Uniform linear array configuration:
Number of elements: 16
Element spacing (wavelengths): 0.75
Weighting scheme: uniform
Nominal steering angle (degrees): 0
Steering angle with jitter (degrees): -1.974
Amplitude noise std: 0.05
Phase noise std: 0.05

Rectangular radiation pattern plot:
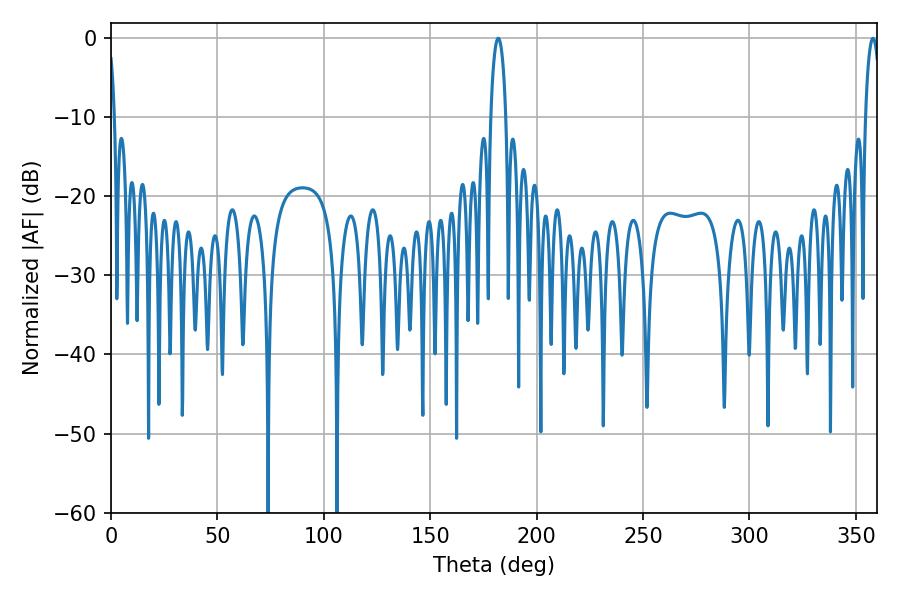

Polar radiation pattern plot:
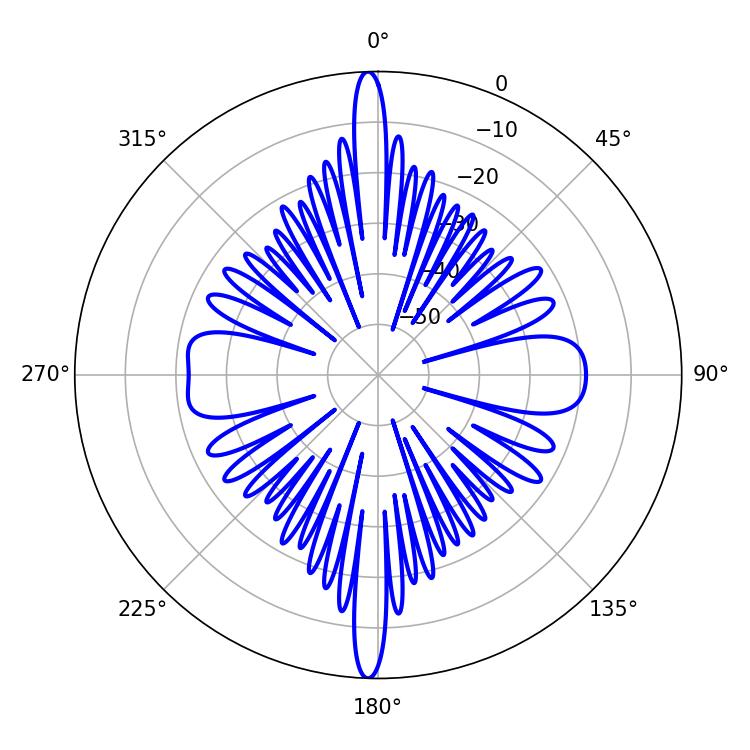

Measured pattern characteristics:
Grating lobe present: TRUE
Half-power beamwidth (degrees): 3.96
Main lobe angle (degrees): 181.98